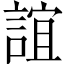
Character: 誼